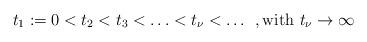
LaTeX: \begin{align*} t_{1} :=0<t_{2} <t_{3} <\ldots <t_{\nu } <\ldots \; \, , \mathrm{with}\, \, t_{\nu } \to \infty \end{align*}